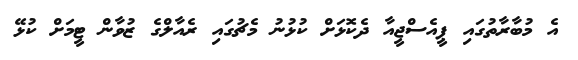
އެ މުބާރާތުގައި ޕީއެސްޖީއާ ދެކޮޅަށް ކުޅުނު މެޗުގައި ރެއާލްގެ ޒުވާން ޓީމަށް ކުޅޭ